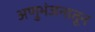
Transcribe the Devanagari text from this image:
अणुभंजनातून